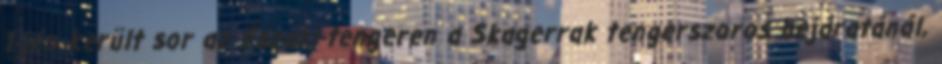
1-jén került sor az Északi-tengeren a Skagerrak tengerszoros bejáratánál,